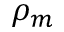
\rho _ { m }